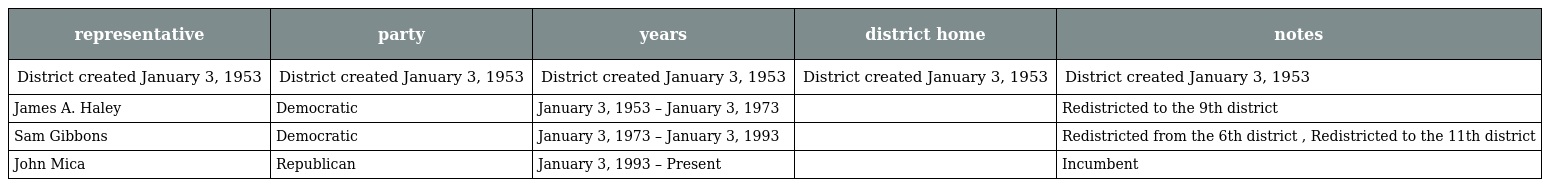
| representative | party | years | district home | notes |
 | --- | --- | --- | --- | --- |
 | District created January 3, 1953 | District created January 3, 1953 | District created January 3, 1953 | District created January 3, 1953 | District created January 3, 1953 |
 | James A. Haley | Democratic | January 3, 1953 – January 3, 1973 |  | Redistricted to the 9th district |
 | Sam Gibbons | Democratic | January 3, 1973 – January 3, 1993 |  | Redistricted from the 6th district , Redistricted to the 11th district |
 | John Mica | Republican | January 3, 1993 – Present |  | Incumbent |